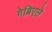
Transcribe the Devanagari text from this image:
गेब्रिएले